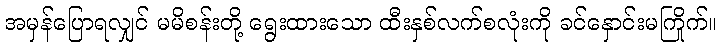
အမှန်ပြောရလျှင် မမိစန်းတို့ ရွေးထားသော ထီးနှစ်လက်စလုံးကို ခင်နှောင်းမကြိုက်။